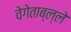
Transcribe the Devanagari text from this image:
वेगेताब्ल्ले